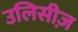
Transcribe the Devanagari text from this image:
उलिसीज़